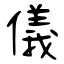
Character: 儀